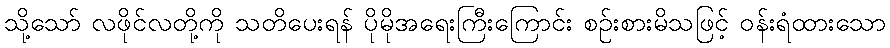
သို့သော် လဖိုင်လတို့ကို သတိပေးရန် ပိုမိုအရေးကြီးကြောင်း စဉ်းစားမိသဖြင့် ဝန်းရံထားသော